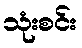
သုံးစင်း